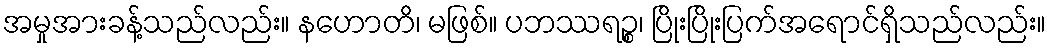
အမှုအားခန့်သည်လည်း။ နဟောတိ၊ မဖြစ်။ ပဘဿရဉ္စ၊ ပြိုးပြိုးပြက်အရောင်ရှိသည်လည်း။